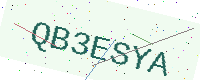
Text: QB3ESYA